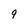
Character: 9